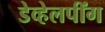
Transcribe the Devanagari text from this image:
डेव्हेलपींग